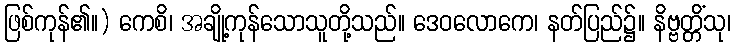
ဖြစ်ကုန်၏။) ကေစိ၊ အချို့ကုန်သောသူတို့သည်။ ဒေဝလောကေ၊ နတ်ပြည်၌။ နိဗ္ဗတ္တိံသု၊